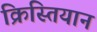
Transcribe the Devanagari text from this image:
क्रिस्तियान